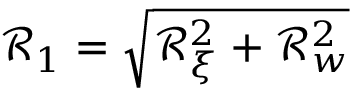
\mathcal { R } _ { 1 } = \sqrt { \mathcal { R } _ { \xi } ^ { 2 } + \mathcal { R } _ { w } ^ { 2 } }